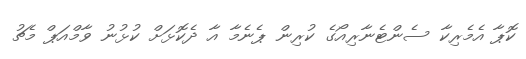
ކޮޕާ އެމެރިކާ ސެންޓެނާރިއޯގެ ކުރިން ޕެނެމާ އާ ދެކޮޅަށް ކުޅުނު ވާމްއަޕް މެޗު